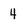
Character: 4